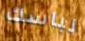
لباسك